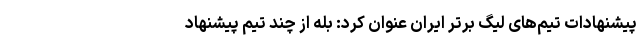
پیشنهادات تیم‌های لیگ برتر ایران عنوان کرد: بله از چند تیم پیشنهاد